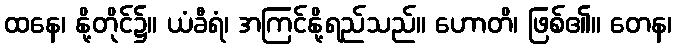
ထနေ၊ နို့တိုင်၌။ ယံခီရံ၊ အကြင်နို့ရည်သည်။ ဟောတိ၊ ဖြစ်၏။ တေန၊